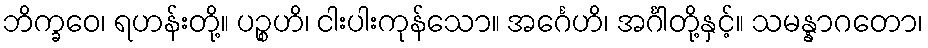
ဘိက္ခဝေ၊ ရဟန်းတို့။ ပဉ္စဟိ၊ ငါးပါးကုန်သော။ အင်္ဂေဟိ၊ အင်္ဂါတို့နှင့်။ သမန္နာဂတော၊